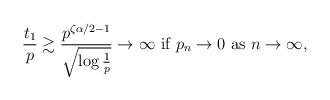
LaTeX: \begin{align*} \frac{t_1}{p} \gtrsim \frac{p^{\zeta\alpha/2-1}}{\sqrt{\log\frac{1}{p}}} \rightarrow \infty \mbox{ if } p_n \rightarrow 0 \mbox{ as } n \rightarrow \infty, \end{align*}